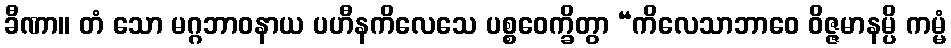
ခီဏာ။ တံ သော မဂ္ဂဘာဝနာယ ပဟီနကိလေသေ ပစ္စဝေက္ခိတွာ “ကိလေသာဘာဝေ ဝိဇ္ဇမာနမ္ပိ ကမ္မံ